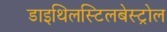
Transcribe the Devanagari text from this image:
डाइथिलस्टिलबेस्ट्रोल